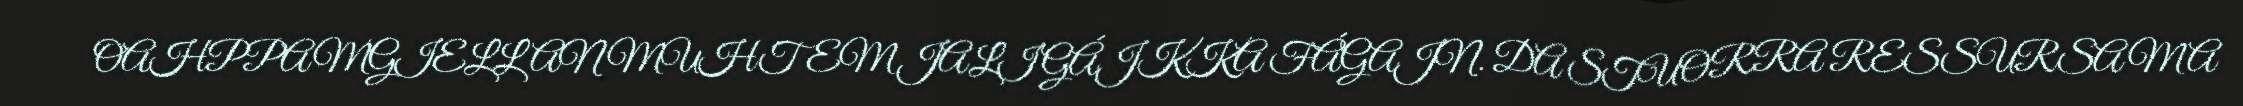
OAHPPAMGIELLAN MUHTEM JALI GÁJKKA FÁGAJN. DA STUORRA RESSURSA MA